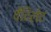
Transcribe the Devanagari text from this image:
वेंटिलेट